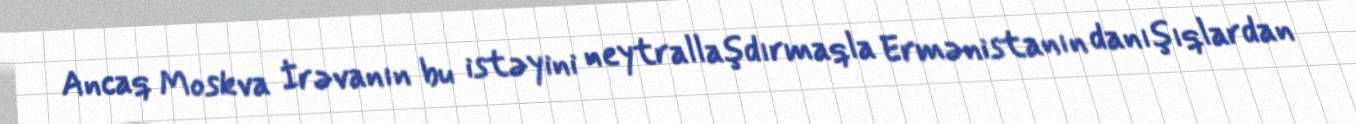
Ancaq Moskva İrəvanın bu istəyini neytrallaşdırmaqla Ermənistanın danışıqlardan